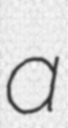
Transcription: a